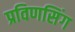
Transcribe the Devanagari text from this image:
प्रविणसिंग